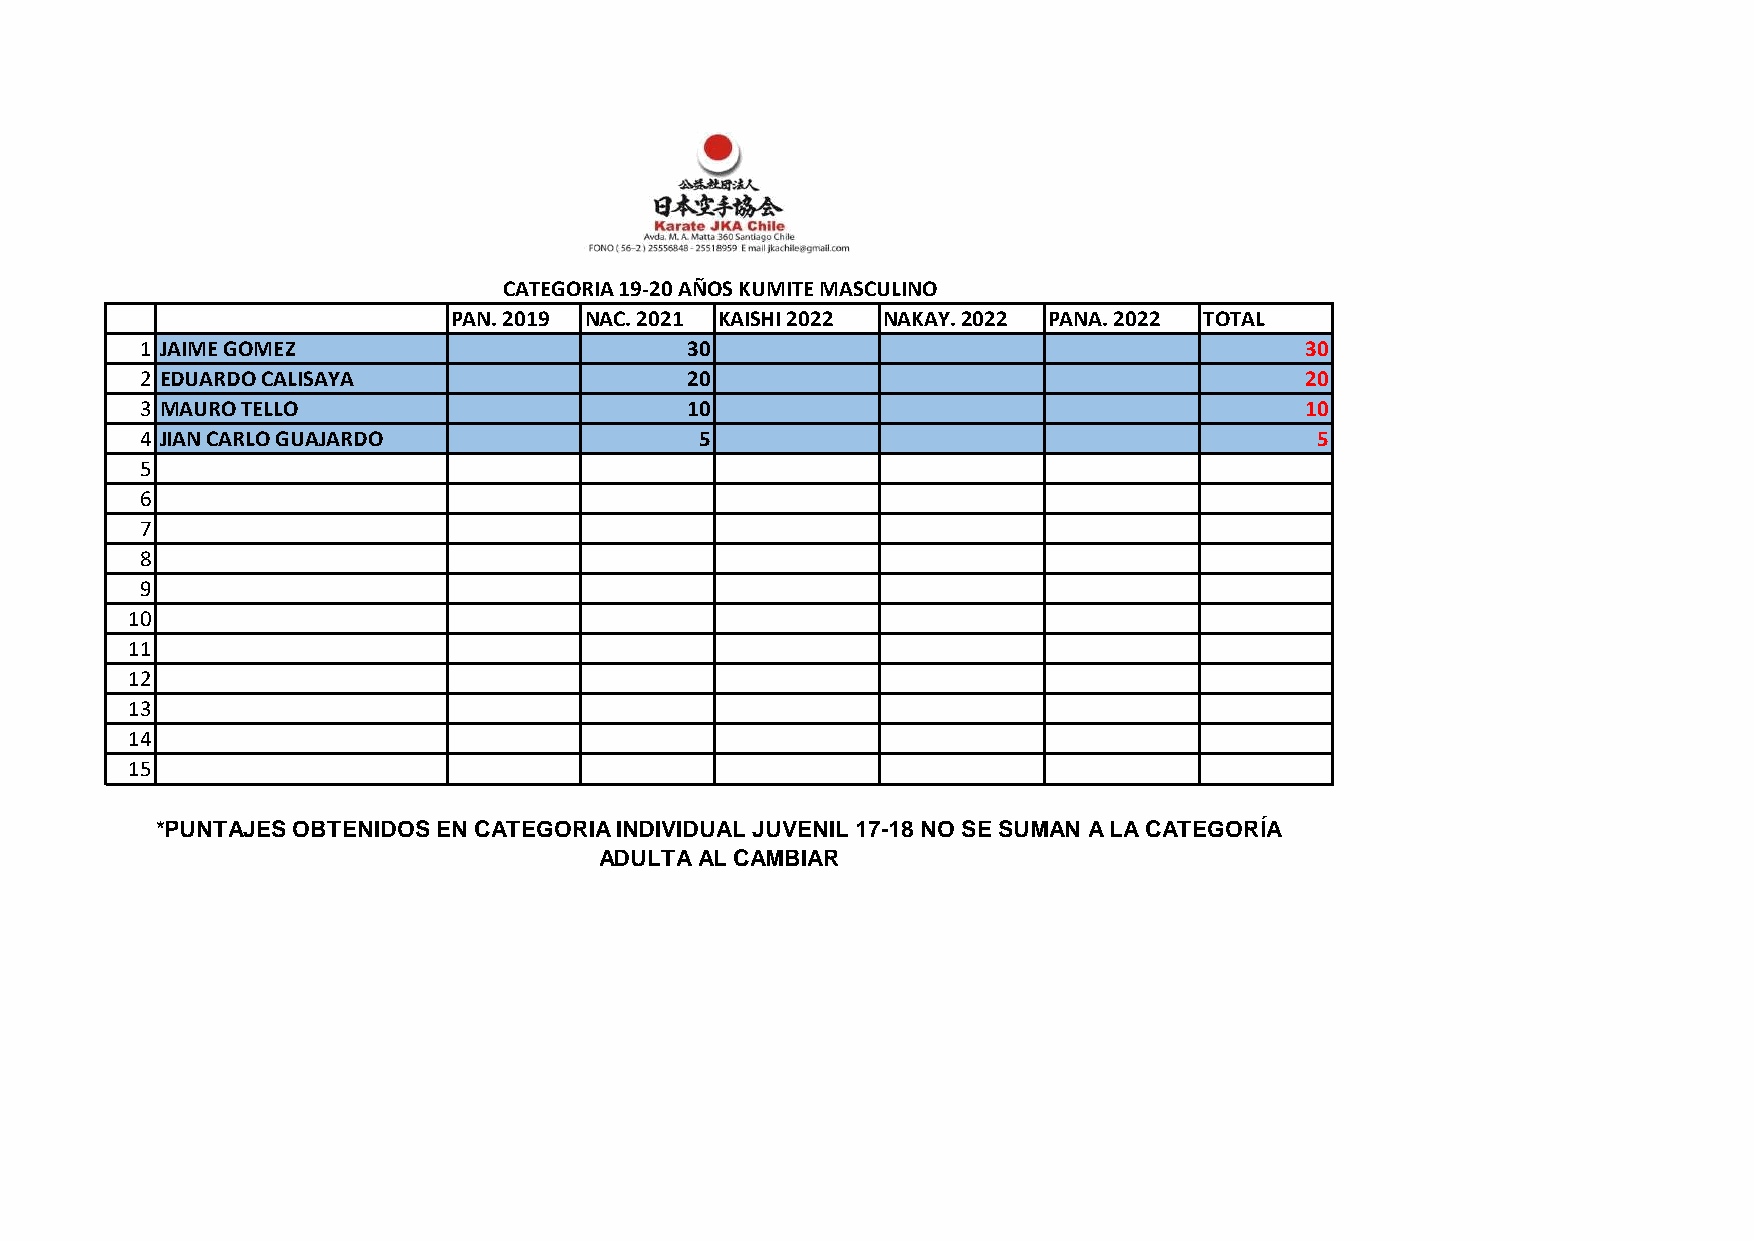
CATEGORIA 19-20 AÑOS KUMITE MASCULINO
 PAN. 2019 NAC. 2021 KAISHI 2022 NAKAY. 2022 PANA. 2022 TOTAL
 1 JAIME GOMEZ                       30                                       30
 2 EDUARDO CALISAYA                  20                                       20
 3 MAURO TELLO                       10                                       10
 4 JIAN CARLO GUAJARDO                5                                        5
 5
 6
 7
 8
 9
 10
 11
 12
 13
 14
 15
 *PUNTAJES OBTENIDOS EN CATEGORIA INDIVIDUAL JUVENIL 17-18 NO SE SUMAN A LA CATEGORÍA
 ADULTA AL CAMBIAR